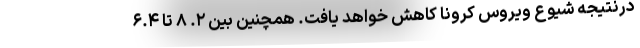
درنتیجه شیوع ویروس کرونا کاهش خواهد یافت. همچنین بین ۲. ۸ تا ۶.۴